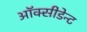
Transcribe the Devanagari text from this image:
ऑक्सीडेन्ट